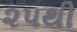
૨૫થી